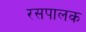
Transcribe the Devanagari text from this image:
रसपालक